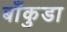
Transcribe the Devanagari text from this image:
बाँकुडा